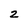
Character: 2